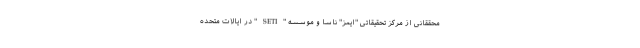
محققانی از مرکز تحقیقاتی "ایمز" ناسا و موسسه "SETI" در ایالات متحده